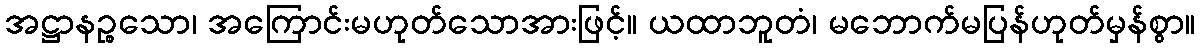
အဋ္ဌာနဉ္စသော၊ အကြောင်းမဟုတ်သောအားဖြင့်။ ယထာဘူတံ၊ မဘောက်မပြန်ဟုတ်မှန်စွာ။